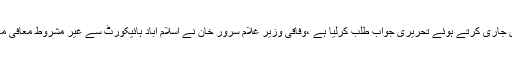
14 نومبر2019ء) اسلام آباد ہائی کورٹ نے وفاقی وزیر غلام سرور خان کو توہین عدالت کا شو کاز نوٹس جاری کرتے ہوئے تحریری جواب طلب کرلیا ہے ،وفاقی وزیر غلام سرور خان نے اسلام آباد ہائیکورٹ سے غیر مشروط معافی مانگ لی جبکہ معاون خصوصی فردوس عاشق اعوان کیخلاف توہین عدالت کیس پر فیصلہ محفوظ کرلیا ہے ۔